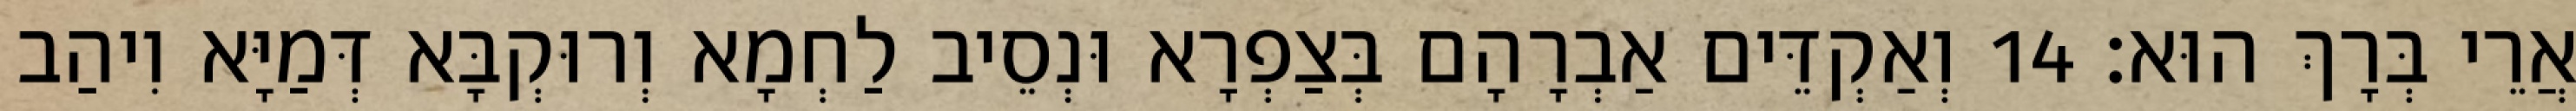
אֲרֵי בְּרָךְ הוּא׃ 14 וְאַקְדֵּים אַבְרָהָם בְּצַפְרָא וּנְסֵיב לַחְמָא וְרוּקְבָּא דְּמַיָּא וִיהַב